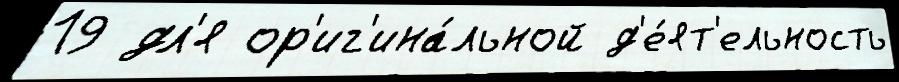
19 дл'я ор'иг'ина́льной д'е́ят'ельность